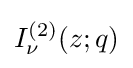
I_{\nu }^{(2)}(z;q)